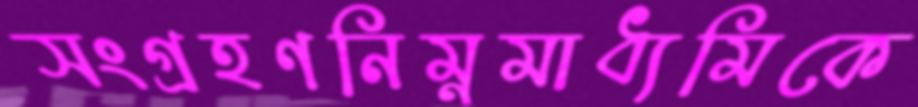
সংগ্রহণনিম্নমাধ্যমিকে